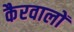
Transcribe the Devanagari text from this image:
कैरवालों